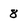
Character: 8